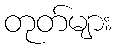
တုတ်များ